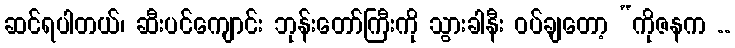
ဆင်ရပါတယ်၊ ဆီးပင်ကျောင်း ဘုန်းတော်ကြီးကို သွားခါနီး ဝပ်ချတော့ “ကိုဇနက ..